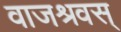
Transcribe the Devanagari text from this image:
वाजश्रवस्